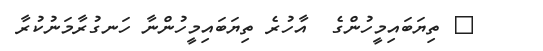
٩ ތިޔަބައިމީހުންގެ  އާހުރެ ތިޔަބައިމީހުންނާ ހަނގުރާމަނުކުރާ